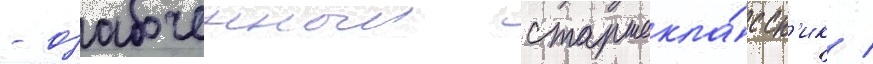
- озабоченныи старшекла́ссн'ик /